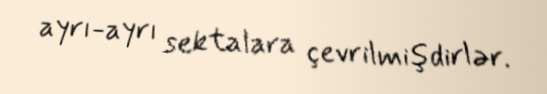
ayrı-ayrı sektalara çevrilmişdirlər.